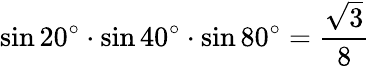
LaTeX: \sin 20^{\circ}\cdot\sin 40^{\circ}\cdot\sin 80^{\circ}={\frac{\sqrt{3}}{8}}